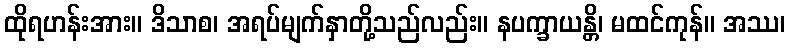
ထိုရဟန်းအား။ ဒိသာစ၊ အရပ်မျက်နှာတို့သည်လည်း။ နပက္ခာယန္တိ၊ မထင်ကုန်။ အဿ၊